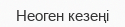
Неоген кезеңі